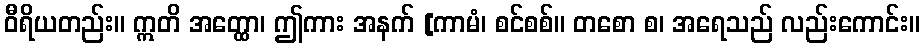
ဝီရိယတည်း။ ဣတိ အတ္ထော၊ ဤကား အနက် [ကာမံ၊ စင်စစ်။ တစော စ၊ အရေသည် လည်းကောင်း။